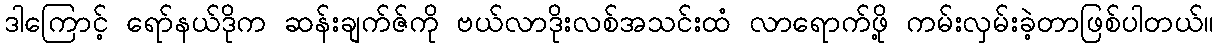
ဒါကြောင့် ရော်နယ်ဒိုက ဆန်းချက်ဇ်ကို ဗယ်လာဒိုးလစ်အသင်းထံ လာရောက်ဖို့ ကမ်းလှမ်းခဲ့တာဖြစ်ပါတယ်။